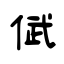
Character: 倵